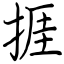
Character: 捱